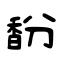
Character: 馚